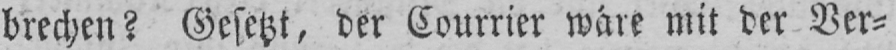
brechen? Gesetzt, der Courrier wäre mit der Ver⸗